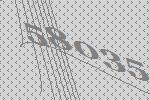
58035